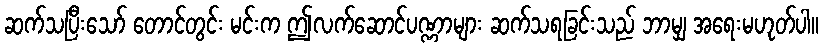
ဆက်သပြီးသော် တောင်တွင်း မင်းက ဤလက်ဆောင်ပဏ္ဏာများ ဆက်သရခြင်းသည် ဘာမျှ အရေးမဟုတ်ပါ။